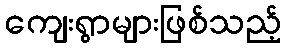
ကျေးရွာများဖြစ်သည့်